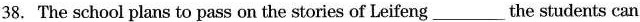
38.The school plans to pass on the stories of Leifeng___the students can